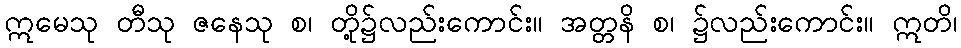
ဣမေသု တီသု ဇနေသု စ၊ တို့၌လည်းကောင်း။ အတ္တနိ စ၊ ၌လည်းကောင်း။ ဣတိ၊